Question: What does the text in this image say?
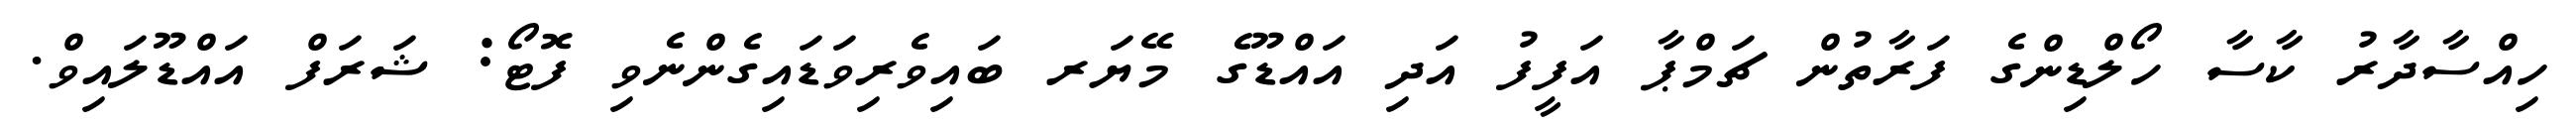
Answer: ހިއްސާދާރު ކާސާ ހޯލްޑިންގެ ފަރާތުން ޗަމްޕާ އަފީފު އަދި އައްޑޫގެ މޭޔަރ ބައިވެރިވަޑައިގެންނެވި ފޮޓޯ: ޝަރަފް އައްޑޫލައިވް.